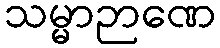
သမ္မာဉာဏေ